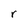
Character: r